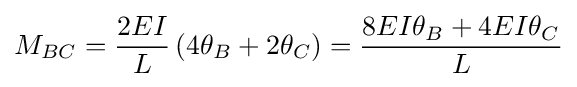
M_{BC}={\frac {2EI}{L}}\left(4\theta _{B}+2\theta _{C}\right)={\frac {8EI\theta _{B}+4EI\theta _{C}}{L}}